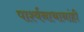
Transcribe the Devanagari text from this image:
पार्श्वनाथानांही